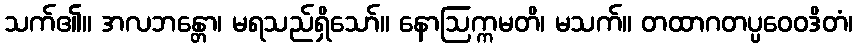
သက်၏။ အလဘန္တော၊ မရသည်ရှိသော်။ နောဩက္ကမတိ၊ မသက်။ တထာဂတပ္ပဝေဝဒိတံ၊